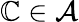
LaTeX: \mathbb{C}\in{\mathcal{{A}}}